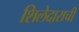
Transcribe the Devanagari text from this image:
शिलेदाराची